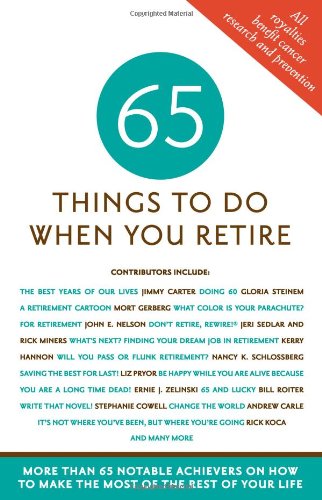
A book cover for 65 Things to Do When You Retire, 65 Notable Achievers on How to Make the Most of the Rest of Your Life; Health, Fitness & Dieting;